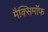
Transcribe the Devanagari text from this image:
मैक्सिमाॅफ